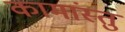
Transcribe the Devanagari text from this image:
कामांस्तु